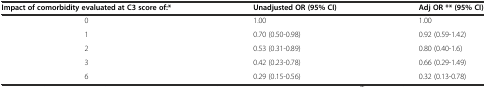
| Impact of comorbidity evaluated at C3 score of:* | Unadjusted OR (95% CI) | Adj OR ** (95% CI) |
 | --- | --- | --- |
 | 0 | 1.00 | 1.00 |
 | 1 | 0.70 (0.50-0.98) | 0.92 (0.59-1.42) |
 | 2 | 0.53 (0.31-0.89) | 0.80 (0.40-1.6) |
 | 3 | 0.42 (0.23-0.78) | 0.66 (0.29-1.49) |
 | 6 | 0.29 (0.15-0.56) | 0.32 (0.13-0.78) |